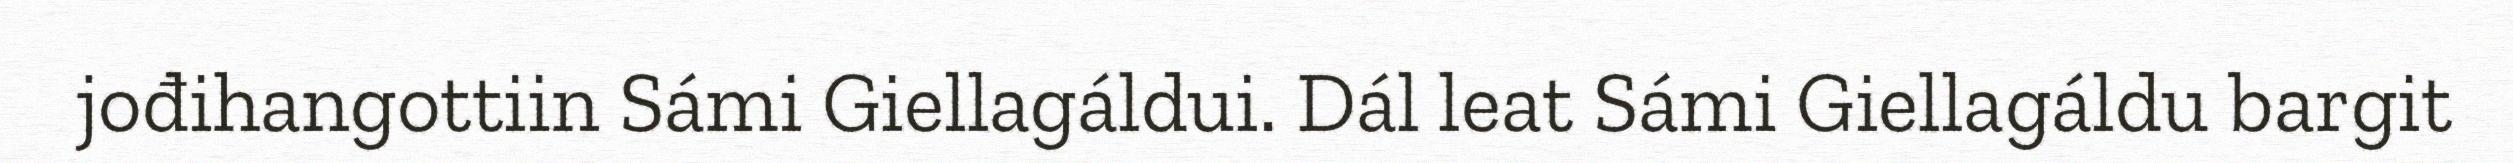
jođihangottiin Sámi Giellagáldui. Dál leat Sámi Giellagáldu bargit